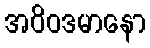
အဝိဝဒမာနော